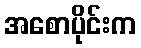
အစောပိုင်းက